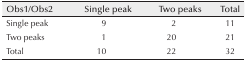
| Obs1/Obs2 | Single peak | Two peaks | Total |
 | --- | --- | --- | --- |
 | Single peak | 9 | 2 | 11 |
 | Two peaks | 1 | 20 | 21 |
 | Total | 10 | 22 | 32 |